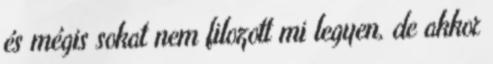
és mégis sokat nem filozott mi legyen, de akkor